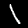
Digit: 1